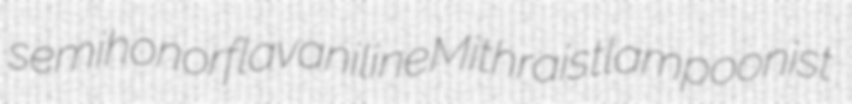
semihonor flavaniline Mithraist lampoonist